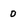
Character: 0